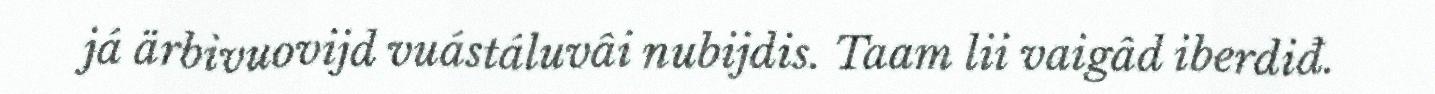
já ärbivuovijd vuástáluvâi nubijdis. Taam lii vaigâd iberdiđ.